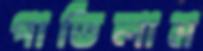
পাতিলাম